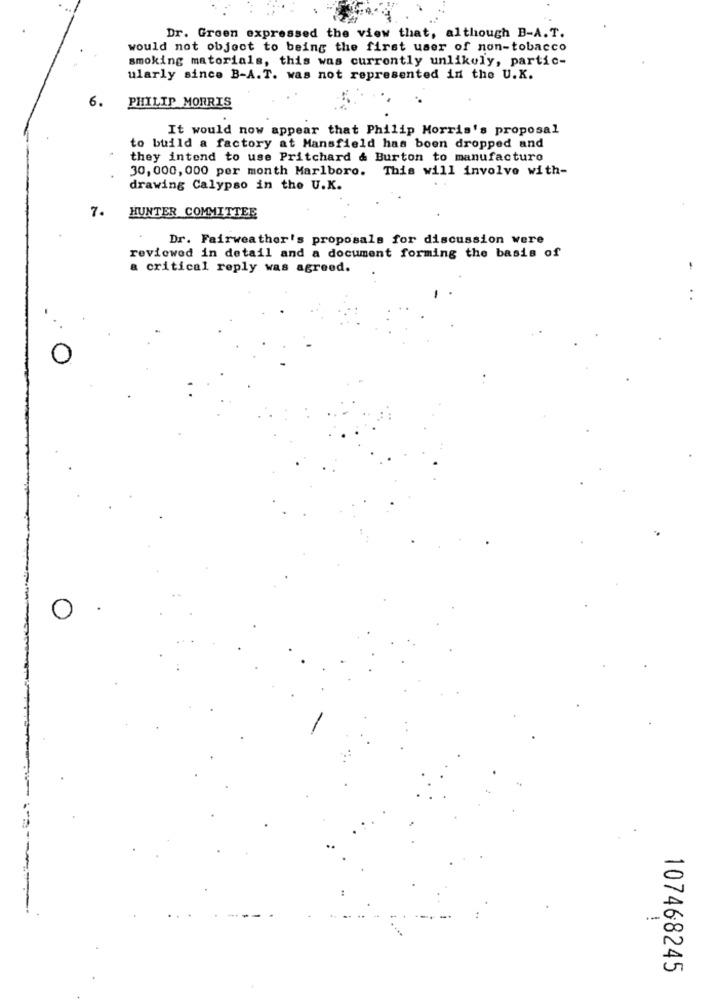
Dr. Green expressed the view that, although B-A.T.
would not object to being the first user of non-tobacco
smoking materials, this was currently unlikely, partic-
ularly since B-A.T. was not represented in the U.K.
6.
PHILIP MORRIS
It would now appear that Philip Morris's proposal
to build a factory at Mansfield has boen dropped and
they intend to use Pritchard & Burton to manufacture
30, 000, 000 per month Marlboro. This will involve with-
drawing Calypso in the U.K.
7. HUNTER COMMITTEE
Dr. Fairweather's proposals for discussion were
reviewed in detail and a document forming the basis of
a critical reply was agreed.
-
..
O
107468245